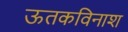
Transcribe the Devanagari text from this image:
ऊतकविनाश